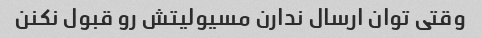
وقتی توان ارسال ندارن مسیولیتش رو قبول نکنن